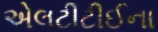
એલટીટીઈના